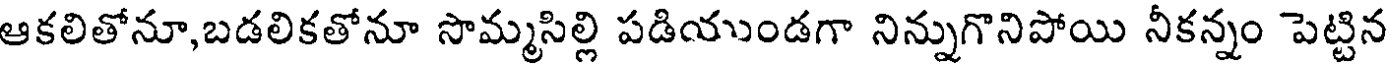
ఆకలితోనూ,బడలికతోనూ సొమ్మసిల్లి పడియుుండగా నిన్నుగొనిపోయి నీకన్నం పెట్టిన